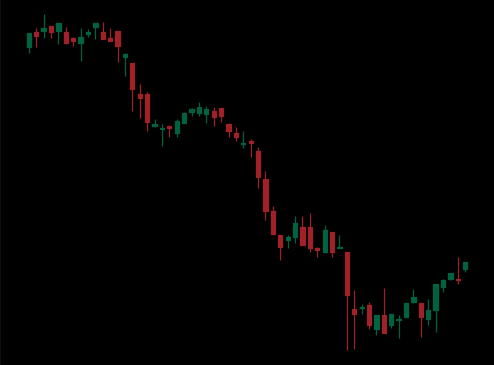
Pattern: bull_flag